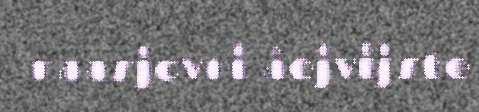
naasjovni åejvijste